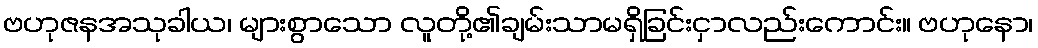
ဗဟုဇနအသုခါယ၊ များစွာသော လူတို့၏ချမ်းသာမရှိခြင်းငှာလည်းကောင်း။ ဗဟုနော၊